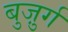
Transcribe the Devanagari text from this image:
बुजु़र्ग